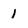
Character: 1